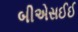
બીએસઈઈ